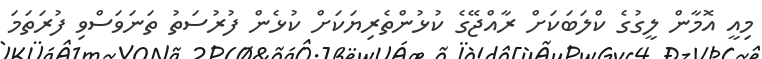
މިއީ އޮމާން ލީގުގެ ކްލަބަކަށް ރާއްޖޭގެ ކުޅުންތެރިޔަކަށް ކުޅެން ފުރުސަތު ތަނަވަސްވި ފުރަތަމަ